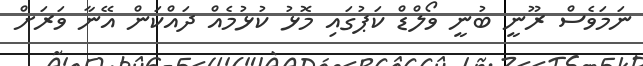
ނަމަވެސް ރޫނީ ބުނީ ވޯލްޑް ކަޕުގައި މޮޅު ކުޅުމެއް ދައްކަން އޭނާ ވަރަށް